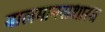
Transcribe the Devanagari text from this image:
बालमानसशास्त्र